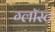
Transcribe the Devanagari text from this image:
ग्लॉस्ट